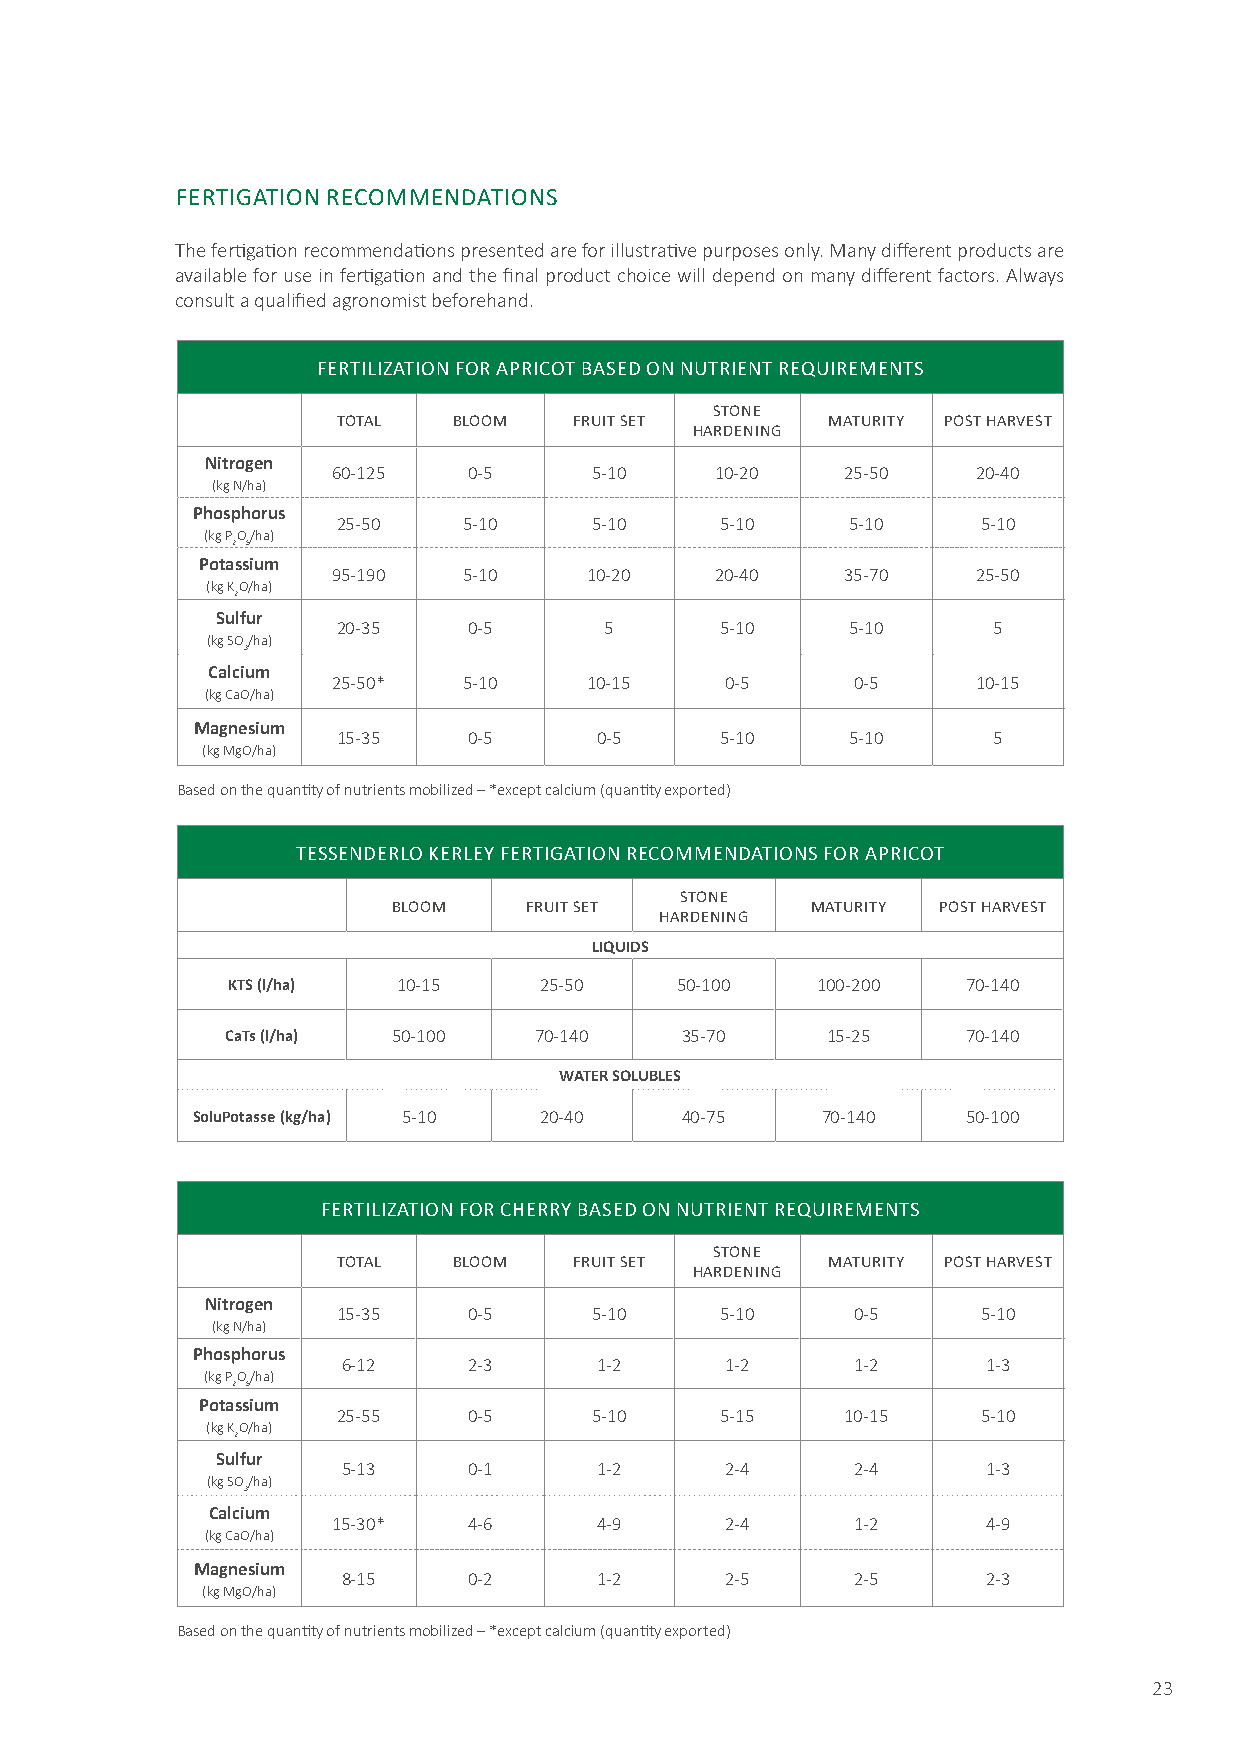
FERTIGATION RECOMMENDATIONS
 The fertigation recommendations presented are for illustrative purposes only. Many different products are
 available for use in fertigation and the final product choice will depend on many different factors. Always
 consult a qualified agronomist beforehand.
 FERTILIZATION FOR APRICOT BASED ON NUTRIENT REQUIREMENTS
 STONE
 TOTAL   BLOOM   FRUIT SET        MATURITY POST HARVEST
 HARDENING
 Nitrogen
 60-125   0-5     5-10    10-20    25-50    20-40
 (kg N/ha)
 Phosphorus
 25-50    5-10    5-10     5-10    5-10     5-10
 (kg PO/ha)
 2 5
 Potassium
 95-190   5-10    10-20   20-40    35-70    25-50
 (kg KO/ha)
 2
 Sulfur
 20-35    0-5      5       5-10    5-10      5
 (kg SO/ha)
 3
 Calcium
 25-50*   5-10    10-15    0-5     0-5      10-15
 (kg CaO/ha)
 Magnesium
 15-35    0-5     0-5      5-10    5-10      5
 (kg MgO/ha)
 Based on the quantity of nutrients mobilized – *except calcium (quantity exported)
 TESSENDERLO KERLEY FERTIGATION RECOMMENDATIONS FOR APRICOT
 STONE
 BLOOM    FRUIT SET          MATURITY POST HARVEST
 HARDENING
 LIQUIDS
 KTS (l/ha) 10-15     25-50    50-100   100-200   70-140
 CaTs (l/ha) 50-100  70-140    35-70     15-25    70-140
 WATER SOLUBLES
 SoluPotasse (kg/ha) 5-10 20-40  40-75    70-140    50-100
 FERTILIZATION FOR CHERRY BASED ON NUTRIENT REQUIREMENTS
 STONE
 TOTAL   BLOOM   FRUIT SET        MATURITY POST HARVEST
 HARDENING
 Nitrogen
 15-35    0-5     5-10     5-10    0-5      5-10
 (kg N/ha)
 Phosphorus
 6-12    2-3     1-2      1-2     1-2      1-3
 (kg PO/ha)
 2 5
 Potassium
 25-55    0-5     5-10     5-15    10-15    5-10
 (kg KO/ha)
 2
 Sulfur
 5-13    0-1     1-2      2-4     2-4      1-3
 (kg SO/ha)
 3
 Calcium
 15-30*   4-6     4-9      2-4     1-2      4-9
 (kg CaO/ha)
 Magnesium
 8-15    0-2     1-2      2-5     2-5      2-3
 (kg MgO/ha)
 Based on the quantity of nutrients mobilized – *except calcium (quantity exported)
 23